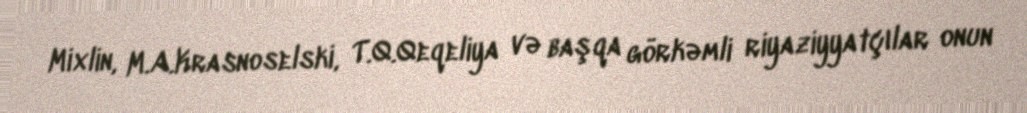
Mixlin, M.A.Krasnoselski, T.Q.Qeqeliya və başqa görkəmli riyaziyyatçılar onun